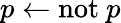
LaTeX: p\leftarrow\mathrm{not}~p